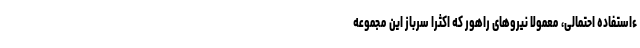
ءاستفاده احتمالی، معمولاً نیروهای راهور که اکثراً سرباز این مجموعه